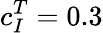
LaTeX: c_{I}^{T}=0.3